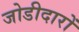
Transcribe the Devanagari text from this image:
जोडीदारों